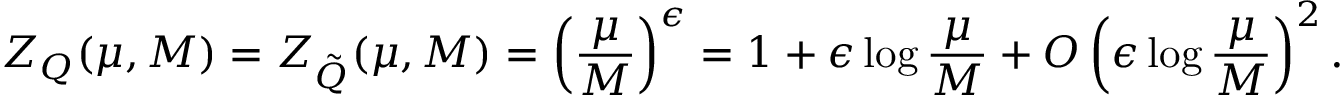
Z _ { Q } ( \mu , M ) = Z _ { \tilde { Q } } ( \mu , M ) = \left( \frac { \mu } { M } \right) ^ { \epsilon } = 1 + \epsilon \log \frac { \mu } { M } + O \left( \epsilon \log \frac { \mu } { M } \right) ^ { 2 } .